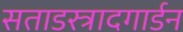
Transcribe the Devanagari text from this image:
सताडस्त्रादगार्डन